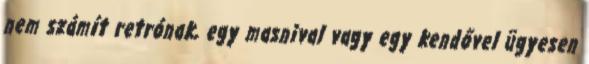
nem számít retrónak, egy masnival vagy egy kendővel ügyesen